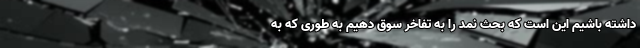
داشته باشیم این است که بحث نمد را به تفاخر سوق دهیم به طوری که به